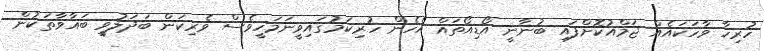
ހުރިހާ ވާހަކައެއް ޖަމްއުކޮށްފައި ބުނާނީ އޯޑިއޯތައް އެހެން ހުރިކަމުގައިވީނަމަހީވެސް ވެރިކަން ބަދަލުވީ ބަޣާވާތަކުން